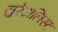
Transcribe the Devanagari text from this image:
सुरेअलिस्ट